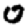
Digit: 0